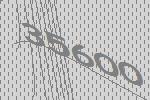
35600